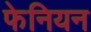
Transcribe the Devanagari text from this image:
फेनियन